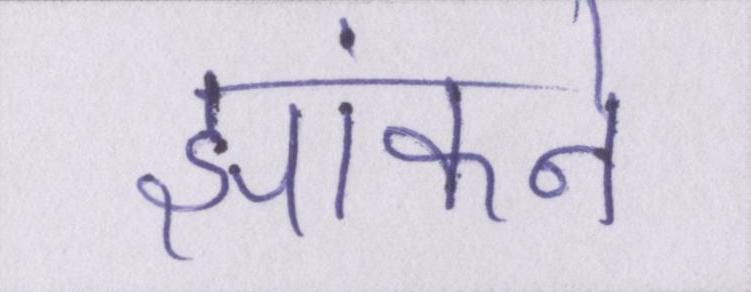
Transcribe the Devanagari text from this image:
झांकने